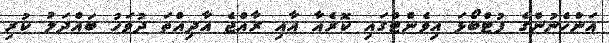
އަންހެނުންގެ ފުޓްބޯޅަ އިވެންޓްގައި ކޮރެއާ އާއި ރާއްޖެ އާދިއްތަ ދުވަހު ބައްދަލު ކުރި